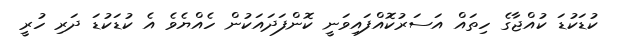
ކުޑަކުޑަ ކުއްޖާގެ ހިތައް އަސަރުކޮއްފައިވަނީ ކޮންފަދައަކުން ހެއްޔެވެ އެ ކުޑަކުޑަ ދަރި ހުރީ